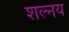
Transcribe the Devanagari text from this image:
शल्नय